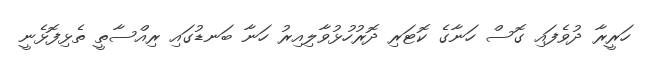
ހަރީރާ ދުވެފައި ގޮސް ހަނާގެ ކޮޓަރި ދޮރުހުޅުވާލިއިރު ހަނާ ބަނޑުގައި ރިއްސާތީ ތެޅިފޮޅެނީ